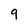
Character: 9